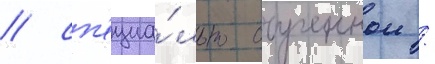
/ сп'ециа́льно обученнои /